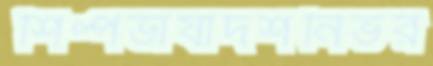
শিল্পভাষাদর্শনির্ভর